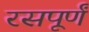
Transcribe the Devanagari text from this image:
रसपूर्णं